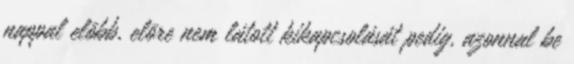
nappal elõbb, elõre nem látott kikapcsolását pedig, azonnal be